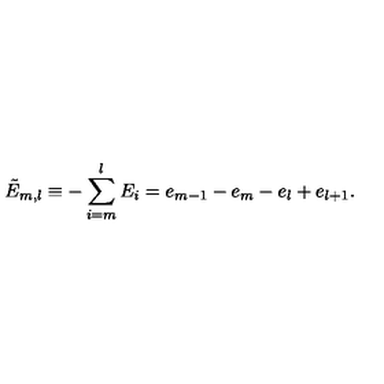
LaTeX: \tilde { E } _ { m , l } \equiv - \sum _ { i = m } ^ { l } E _ { i } = e _ { m - 1 } - e _ { m } - e _ { l } + e _ { l + 1 } .